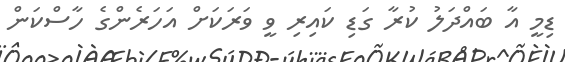
ޑިމީ އާ ބައްދަލު ކުރާ ގަޑި ކައިރި ވީ ވަރަކަށް އަހަރެންގެ ހާސްކަން